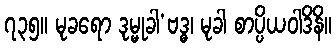
၇၃၅။ မုခရော ဒုမ္မုခါ’ဗဒ္ဓ၊ မုခါ စာပ္ပိယဝါဒိနိ။